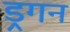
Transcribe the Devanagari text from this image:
ड्रगन